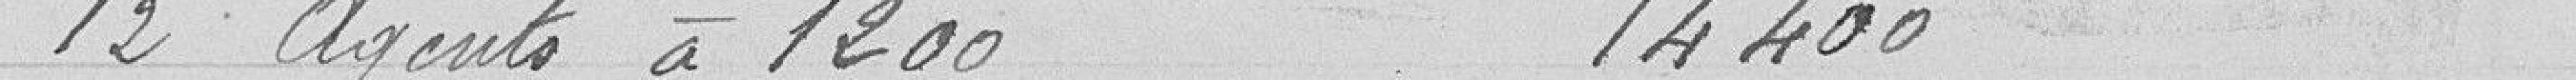
12 agents à 1200 14400